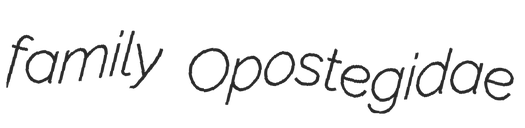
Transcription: family Opostegidae